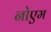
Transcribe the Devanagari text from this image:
नोएम